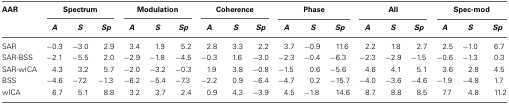
| AAR | <COLSPAN=3> Spectrum | <COLSPAN=3> Modulation | <COLSPAN=3> Coherence | <COLSPAN=3> Phase | <COLSPAN=3> All | <COLSPAN=3> Spec-mod |
 |  | A | S | Sp | A | S | Sp | A | S | Sp | A | S | Sp | A | S | Sp | A | S | Sp |
 | --- | --- | --- | --- | --- | --- | --- | --- | --- | --- | --- | --- | --- | --- | --- | --- | --- | --- | --- |
 | SAR | −0.3 | −3.0 | 2.9 | 3.4 | 1.9 | 5.2 | 2.8 | 3.3 | 2.2 | 3.7 | −0.9 | 11.6 | 2.2 | 1.8 | 2.7 | 2.5 | −1.0 | 6.7 |
 | SAR-BSS | −2.1 | −5.5 | 2.0 | −2.9 | −1.8 | −4.5 | −0.3 | 1.6 | −3.0 | −2.3 | −0.4 | −6.3 | −2.3 | −2.9 | −1.5 | −0.6 | −1.3 | 0.3 |
 | SAR-wICA | 4.3 | 3.2 | 5.7 | −2.0 | −3.2 | −0.3 | 1.9 | 3.8 | −0.8 | −1.5 | 0.6 | −5.6 | 4.6 | 4.1 | 5.1 | 3.6 | 2.8 | 4.5 |
 | BSS | −4.6 | −7.2 | −1.3 | −6.2 | −5.4 | −7.3 | −2.2 | 0.9 | −6.4 | −4.7 | 0.2 | −15.7 | −4.0 | −3.6 | −4.6 | −1.9 | −4.8 | 1.7 |
 | wICA | 6.7 | 5.1 | 8.8 | 3.2 | 3.7 | 2.4 | 0.9 | 4.3 | −3.9 | 4.5 | −1.8 | 14.6 | 8.7 | 8.8 | 8.5 | 7.7 | 4.8 | 11.2 |